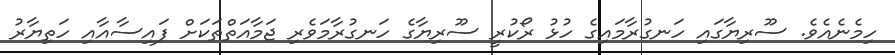
ހިމެނެއެވެ. ސޫރިޔާގައި ހަނގުރާމައިގެ ހުޅު ރޯކުރީ ސޫރިޔާގެ ހަނގުރާމަވެރި ޖަމާއަތްތަކަށް ފައިސާއާއި ހަތިޔާރު